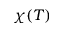
\chi ( T )